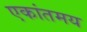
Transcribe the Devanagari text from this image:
एकांतमय